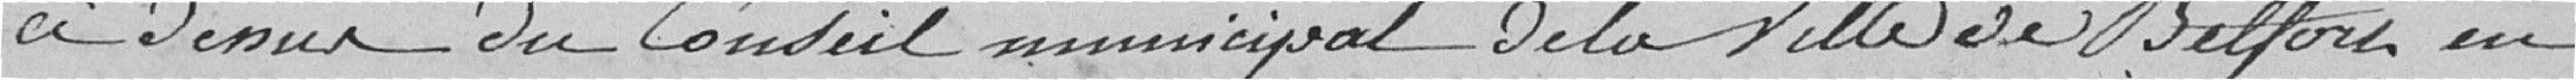
les observations ci-dessus du Conseil Municipal de la ville de Belfort en